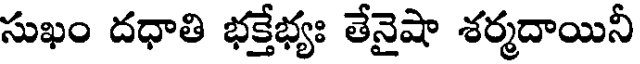
సుఖం దధాతి భక్తేభ్యః తేనైషా శర్మదాయినీ